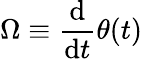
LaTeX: \Omega\equiv{\frac{\mathrm{d}}{\mathrm{d}t}}\theta(t)